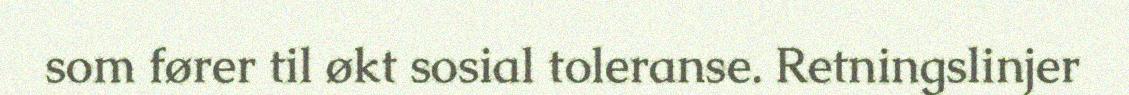
som fører til økt sosial toleranse. Retningslinjer